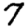
Digit: 7